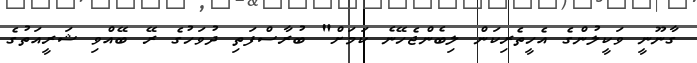
ގާނޫނީ ވަކީލުންގެ އެހީތެރިކަން ލިބެންޖެހޭނެ ކަމަށް" ބުރާސްފަތި ދުވަހުގެ ރޭ ބޭއްވި ޝަރީއަތުގެ